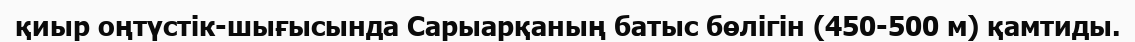
қиыр оңтүстік-шығысында Сарыарқаның батыс бөлігін (450-500 м) қамтиды.